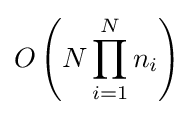
O\left(N\prod _{i=1}^{N}n_{i}\right)